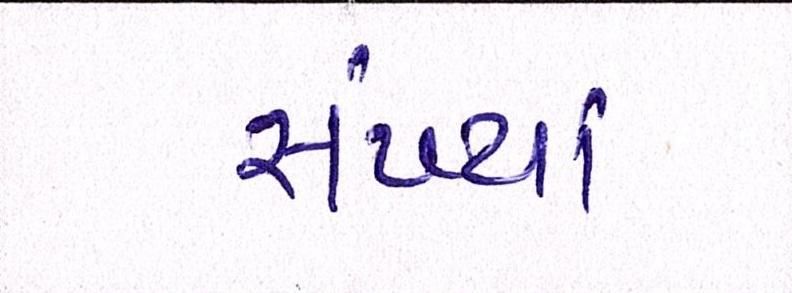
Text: સંખ્યાં